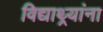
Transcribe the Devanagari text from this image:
विद्याथ्र्यांना